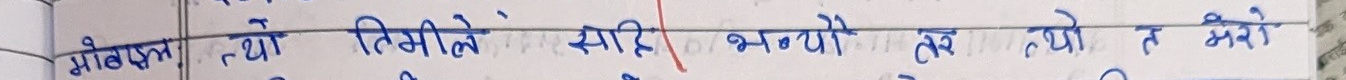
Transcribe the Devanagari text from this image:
मोडल थियो तिमीले सारि भन्यो तर त्यो त भने